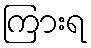
ကြားရ